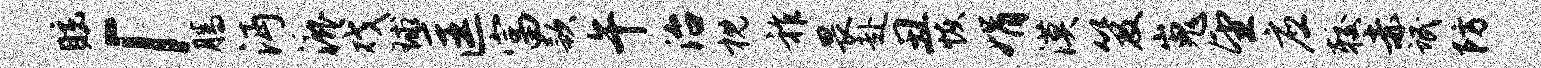
眩「腾沔漉戏球匡富款午治枕祚畏赴丑恢娟漠笈嵬望应较赤氓防